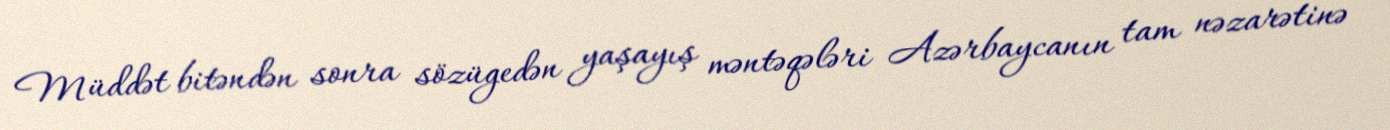
Müddət bitəndən sonra sözügedən yaşayış məntəqələri Azərbaycanın tam nəzarətinə